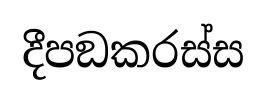
දීපඞකරස්ස